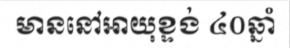
មាននៅអាយុខ្ទង់ ៤០ឆ្នាំ